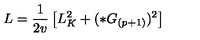
L = \frac { 1 } { 2 v } \left[ L _ { K } ^ { 2 } + ( * G _ { ( p + 1 ) } ) ^ { 2 } \right]